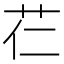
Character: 芢